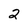
Character: 2